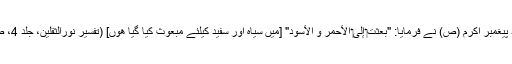
جیسا کہ خود پیغمبر اکرم (ص) نے فرمایا: "بُعِثْتُ‏ إِلَى‏ الْأَحْمَرِ وَ الْأَسْوَدِ" [میں سیاہ اور سفید کیلئے مبعوث کیا گیا ھوں] (تفسیر نورالثقلین، جلد 4، صفحہ 336)۔